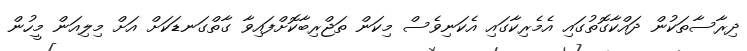
ދިރާސާތަކުން ދައްކާގޮތުގައި އެމެރިކާގައި އެކަނިވެސް މިކަން ތަޖްރިބާކޮށްފައިވާ ގާތްގަނޑަކަށް އަށް މިލިއަން މީހުން